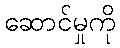
ဆောင်မှုကို